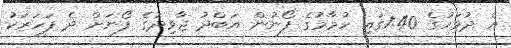
އެ ދުވަހުގެ 1:40ގައި ހުމާމުގެ ފޯނުން އަބްދު ޖާވިދުގެ ފޯނަށް ދެ ފަހަރަކު